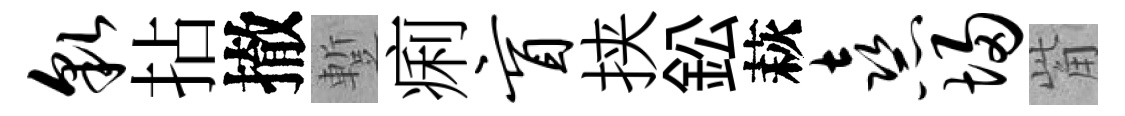
貌拈撤蹔痢盲挟鈆萩熹埽觜